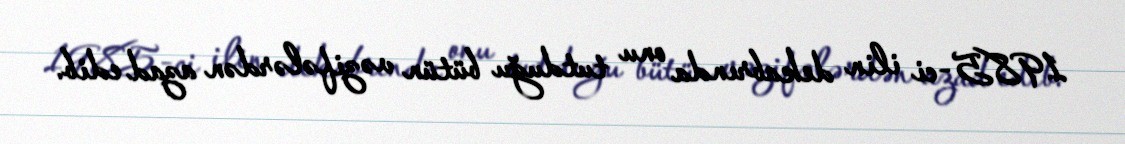
1985-ci ilin dekabrında onu tutduğu bütün vəzifələrdən azad edib.